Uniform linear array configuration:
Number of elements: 48
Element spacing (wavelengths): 0.5
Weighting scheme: uniform
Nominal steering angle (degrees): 45
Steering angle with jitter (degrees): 45.115
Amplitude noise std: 0.05
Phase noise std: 0.05

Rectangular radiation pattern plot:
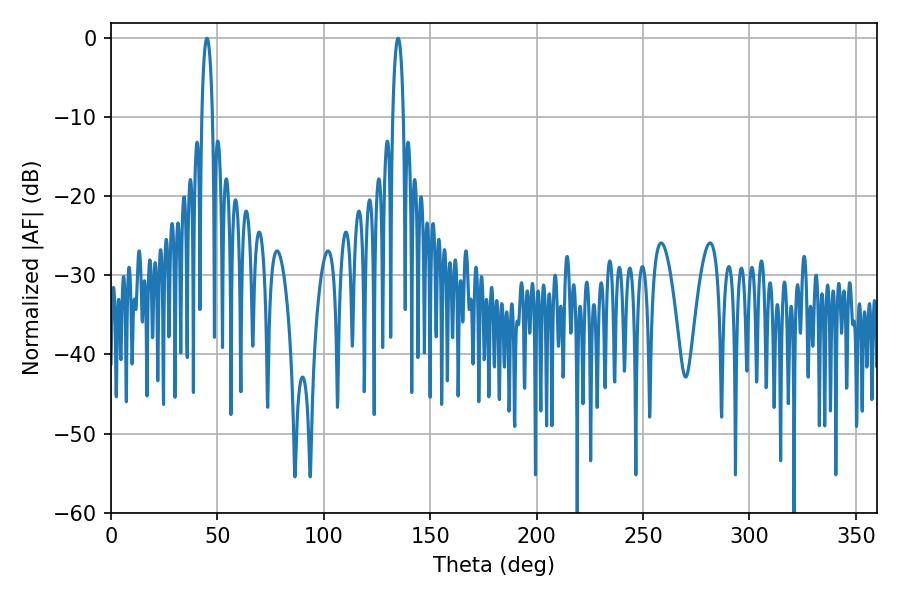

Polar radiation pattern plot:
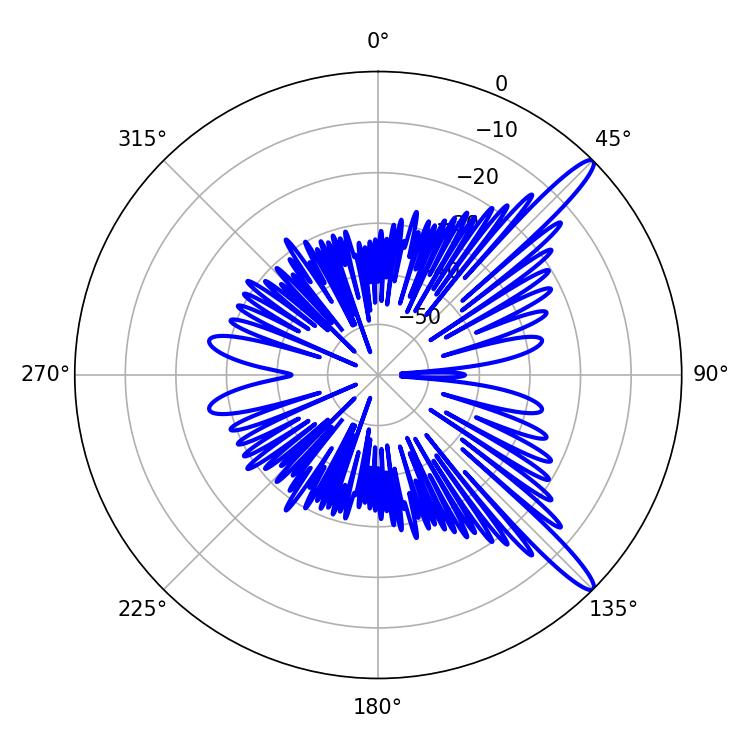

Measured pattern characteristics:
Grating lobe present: FALSE
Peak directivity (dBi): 13.847
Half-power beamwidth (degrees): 2.7
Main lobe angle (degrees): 134.82